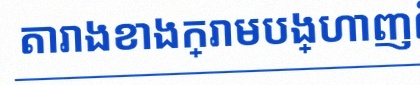
តារាងខាងក្រោមបង្ហាញពីទិន្នន័យ